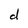
Character: d